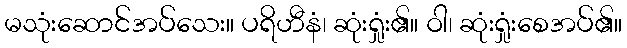
မသုံးဆောင်အပ်သေး။ ပရိဟီနံ၊ ဆုံးရှုံး၏။ ဝါ၊ ဆုံးရှုံးစေအပ်၏။